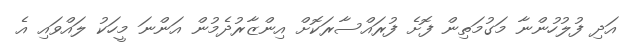
އަދި ފުލުހުންނާ މަގުމަތިން ފޮށެ ފުރައްސާރަކޮށް އިންޒާރުދެމުން އަންނަ މީހަކު ލައްވައި އެ